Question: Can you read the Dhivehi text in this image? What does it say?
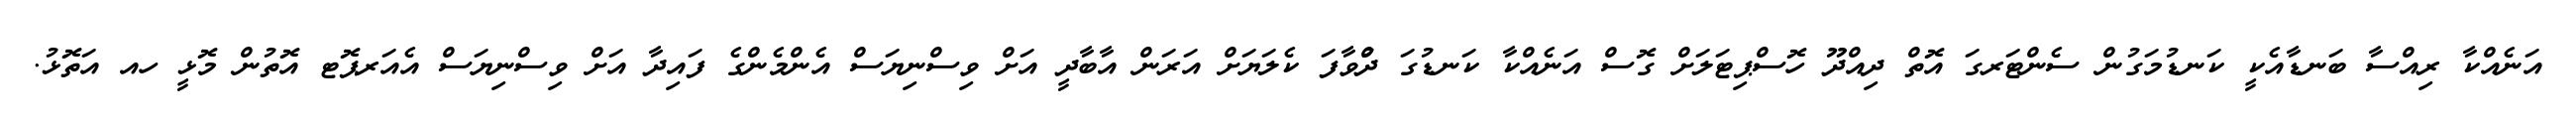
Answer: އަނެއްކާ ރިއްސާ ބަނޑާއެކީ ކަނޑުމަގުން ސެންޓަރގަ އޮތް ދިއްދޫ ހޮސްޕިޓަލަށް ގޮސް އަނެއްކާ ކަނޑުގަ ދުްވާފަ ކެލަޔަށް އަރަން އާބާދީ އަށް ވިސްނިޔަސް އެންމެންގެ ފައިދާ އަށް ވިސްނިޔަސް އެއަރޕޮޓ އޮތުން މޮޅީ ހއ އަތޮޅު.